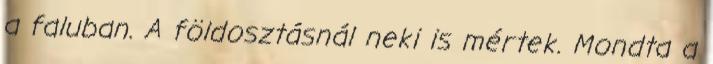
a faluban. A földosztásnál neki is mértek. Mondta a